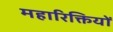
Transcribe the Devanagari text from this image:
महारिक्तियों